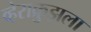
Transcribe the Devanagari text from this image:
व्हेराक्रुझला